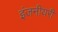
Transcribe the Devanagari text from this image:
इंजनीयरी